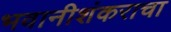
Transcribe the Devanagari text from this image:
भवानीशंकराचा